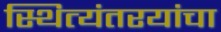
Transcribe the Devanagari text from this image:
स्थित्यंतरयांचा